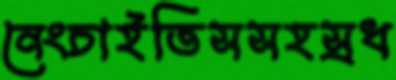
নেংচাইতিসসহস্রধ